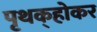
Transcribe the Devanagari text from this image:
पृथक्‌होकर